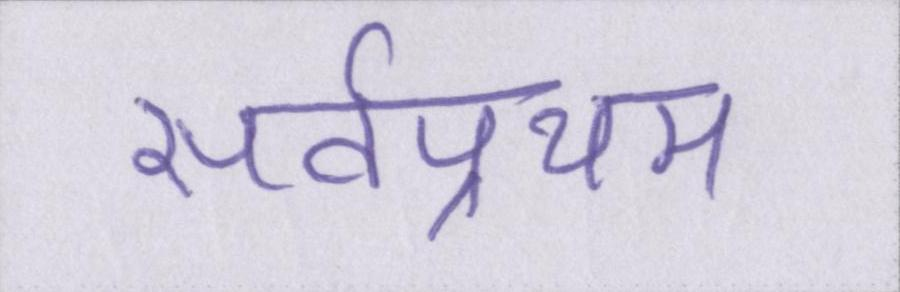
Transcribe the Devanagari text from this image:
सर्वप्रथम